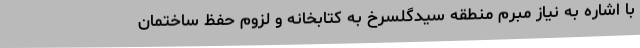
با اشاره به نیاز مبرم منطقه سیدگلسرخ به کتابخانه و لزوم حفظ ساختمان